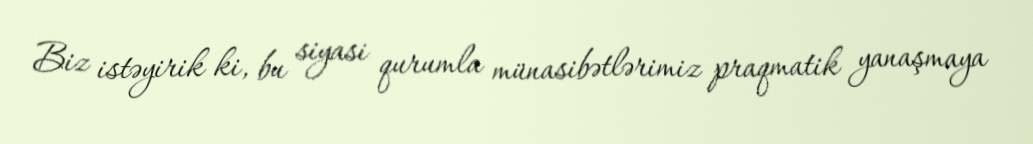
Biz istəyirik ki, bu siyasi qurumla münasibətlərimiz praqmatik yanaşmaya